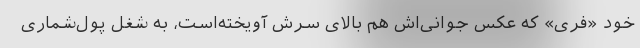
خود «فری» که عکس جوانی‌اش هم بالای سرش آویخته‌است، به شغل پول‌شماری